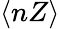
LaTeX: \langle nZ\rangle